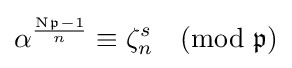
\alpha ^{\frac {\mathrm {N} {\mathfrak {p}}-1}{n}}\equiv \zeta _{n}^{s}{\pmod {\mathfrak {p}}}